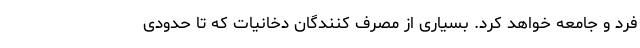
فرد و جامعه خواهد کرد. بسیاری از مصرف کنندگان دخانیات که تا حدودی